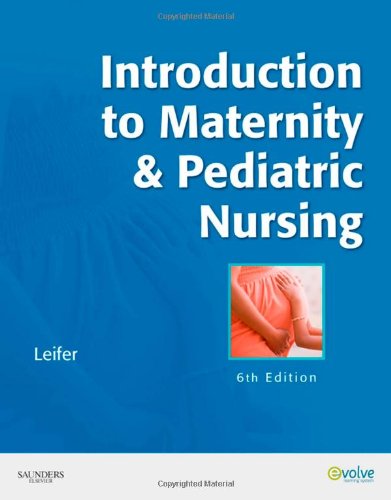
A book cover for Introduction to Maternity & Pediatric Nursing, 6e; Gloria Leifer MA  RN  CNE; Medical Books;